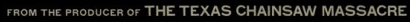
FROM THE PRODUCER OF THE TEXAS CHAINSAW MASSACRE